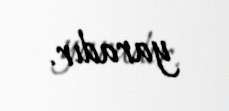
yaradır.